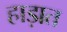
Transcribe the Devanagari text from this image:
हाड़ात